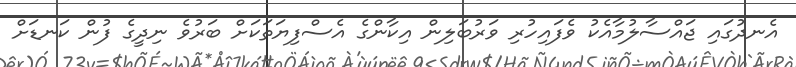
އެނދުގައި ޖައްސާލުމާއެކު ވެފައިހުރި ވަރުބަލިން އިކާންގެ އެސްފިޔަތަކަށް ބަރުވެ ނިދީގެ ފުން ކަނޑަށް